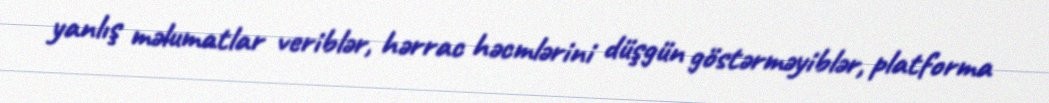
yanlış məlumatlar veriblər, hərrac həcmlərini düşgün göstərməyiblər, platforma